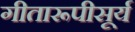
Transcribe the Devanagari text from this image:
गीतारूपीसूर्य